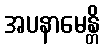
အပနာမေန္တိ